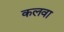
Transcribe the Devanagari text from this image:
कलवा